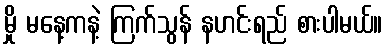
မှို မနေ့ကနဲ့ ကြက်သွန် နဟင်းရည် စားပါမယ်။